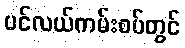
ပင်လယ်ကမ်းစပ်တွင်